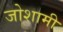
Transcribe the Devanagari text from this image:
जोशामी